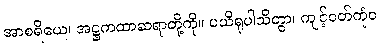
အာစရိယေ၊ အဋ္ဌကထာဆရာတို့ကို။ ပယိရုပါသိတွာ၊ ကျင့်ဝတ်ကုံဝ